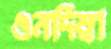
ওনদিম্বা